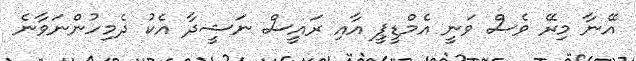
އޭނާ މިރޭ ވެސް ވަނީ އެމްޑީޕީ އާއި ރައީސް ނަޝީދާ އެކު ދެމިހުންނަވާނެ